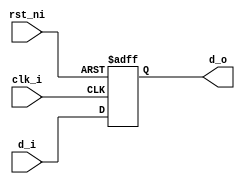
module shift_reg (
	clk_i,
	rst_ni,
	d_i,
	d_o
);
	parameter [31:0] Depth = 1;
	input wire clk_i;
	input wire rst_ni;
	input wire [100:0] d_i;
	output reg [100:0] d_o;
	generate
		if (Depth == 0) begin : genblk1
			wire [100:0] sv2v_tmp_021F4;
			assign sv2v_tmp_021F4 = d_i;
			always @(*) d_o = sv2v_tmp_021F4;
		end
		else if (Depth == 1) begin : genblk1
			always @(posedge clk_i or negedge rst_ni)
				if (~rst_ni)
					d_o <= 101'sb0;
				else
					d_o <= d_i;
		end
		else if (Depth > 1) begin : genblk1
			wire [Depth - 1:0] reg_d;
			reg [Depth - 1:0] reg_q;
			wire [100:0] sv2v_tmp_D887A;
			assign sv2v_tmp_D887A = reg_q[Depth - 1];
			always @(*) d_o = sv2v_tmp_D887A;
			assign reg_d = {reg_q[Depth - 2:0], d_i};
			always @(posedge clk_i or negedge rst_ni)
				if (~rst_ni)
					reg_q <= 1'sb0;
				else
					reg_q <= reg_d;
		end
	endgenerate
endmodule